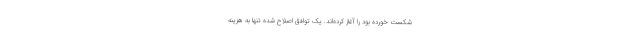
شکست خورده بود را آغاز کرده‌اند. یک توافق اصلاح شده تنها به هزینه